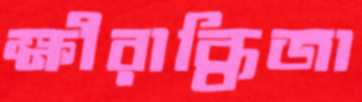
ক্ষীরাব্ধিজা